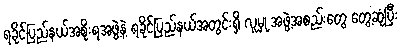
ရခိုင်ပြည်နယ်အစိုးရအဖွဲ့နဲ့ ရခိုင်ပြည်နယ်အတွင်းရှိ လူမှု အဖွဲ့အစည်းတွေ တွေ့ဆုံပြီး